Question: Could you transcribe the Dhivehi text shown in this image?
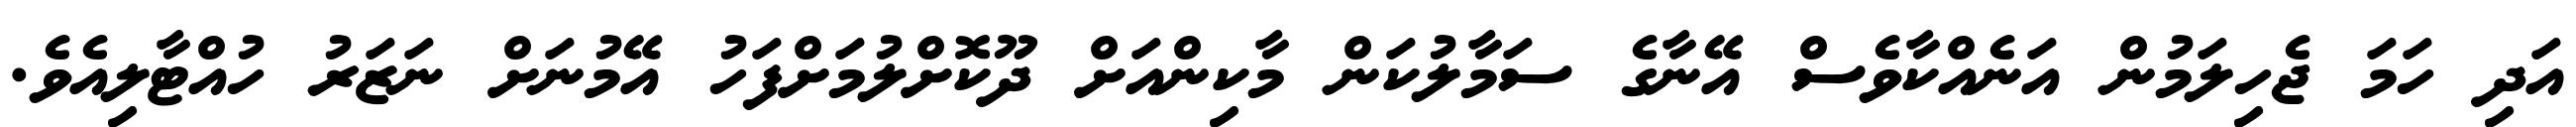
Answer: އަދި ހަމަ ޖެހިލަމުން އަނެއްކާވެސް އޭނާގެ ސަމާލުކަން މާކިންއަށް ދޫކޮށްލުމަށްފަހު އޭމުނަށް ނަޒަރު ހުއްޓާލިއެވެ.